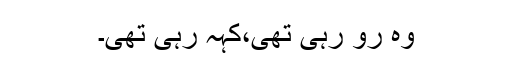
وہ رو رہی تھی،کہہ رہی تھی۔